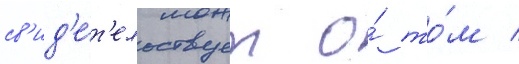
св'ид'е́т'ельствует о́ то́м /